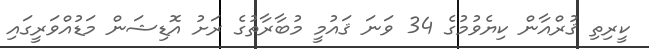
ކީރިތި ޤުރްއާން ކިޔެވުމުގެ 34 ވަނަ ޤައުމީ މުބާރާތުގެ ރަށު އޮޑިޝަން މަޑުއްވަރީގައި